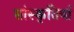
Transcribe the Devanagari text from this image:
सांस्कृतियां